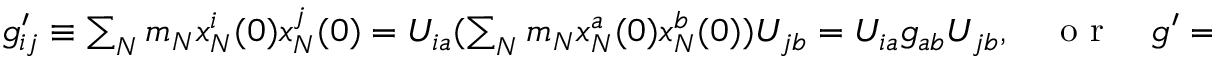
\begin{array} { r } { g _ { i j } ^ { \prime } \equiv \sum _ { N } m _ { N } x _ { N } ^ { i } ( 0 ) x _ { N } ^ { j } ( 0 ) = U _ { i a } ( \sum _ { N } m _ { N } x _ { N } ^ { a } ( 0 ) x _ { N } ^ { b } ( 0 ) ) U _ { j b } = U _ { i a } g _ { a b } U _ { j b } , \quad \mathrm { ~ o ~ r ~ } \quad g ^ { \prime } = U g U ^ { T } . } \end{array}